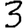
Digit: 3